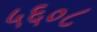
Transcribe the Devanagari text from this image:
५६०८